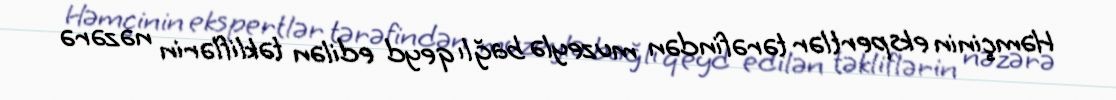
Həmçinin ekspertlər tərəfindən muzeylə bağlı qeyd edilən təkliflərin nəzərə